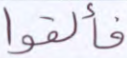
فألقوا